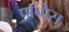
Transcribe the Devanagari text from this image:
पप्पिस